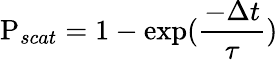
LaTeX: \textrm{P}_{scat}=1-\exp(\frac{-\Delta t}{\tau})